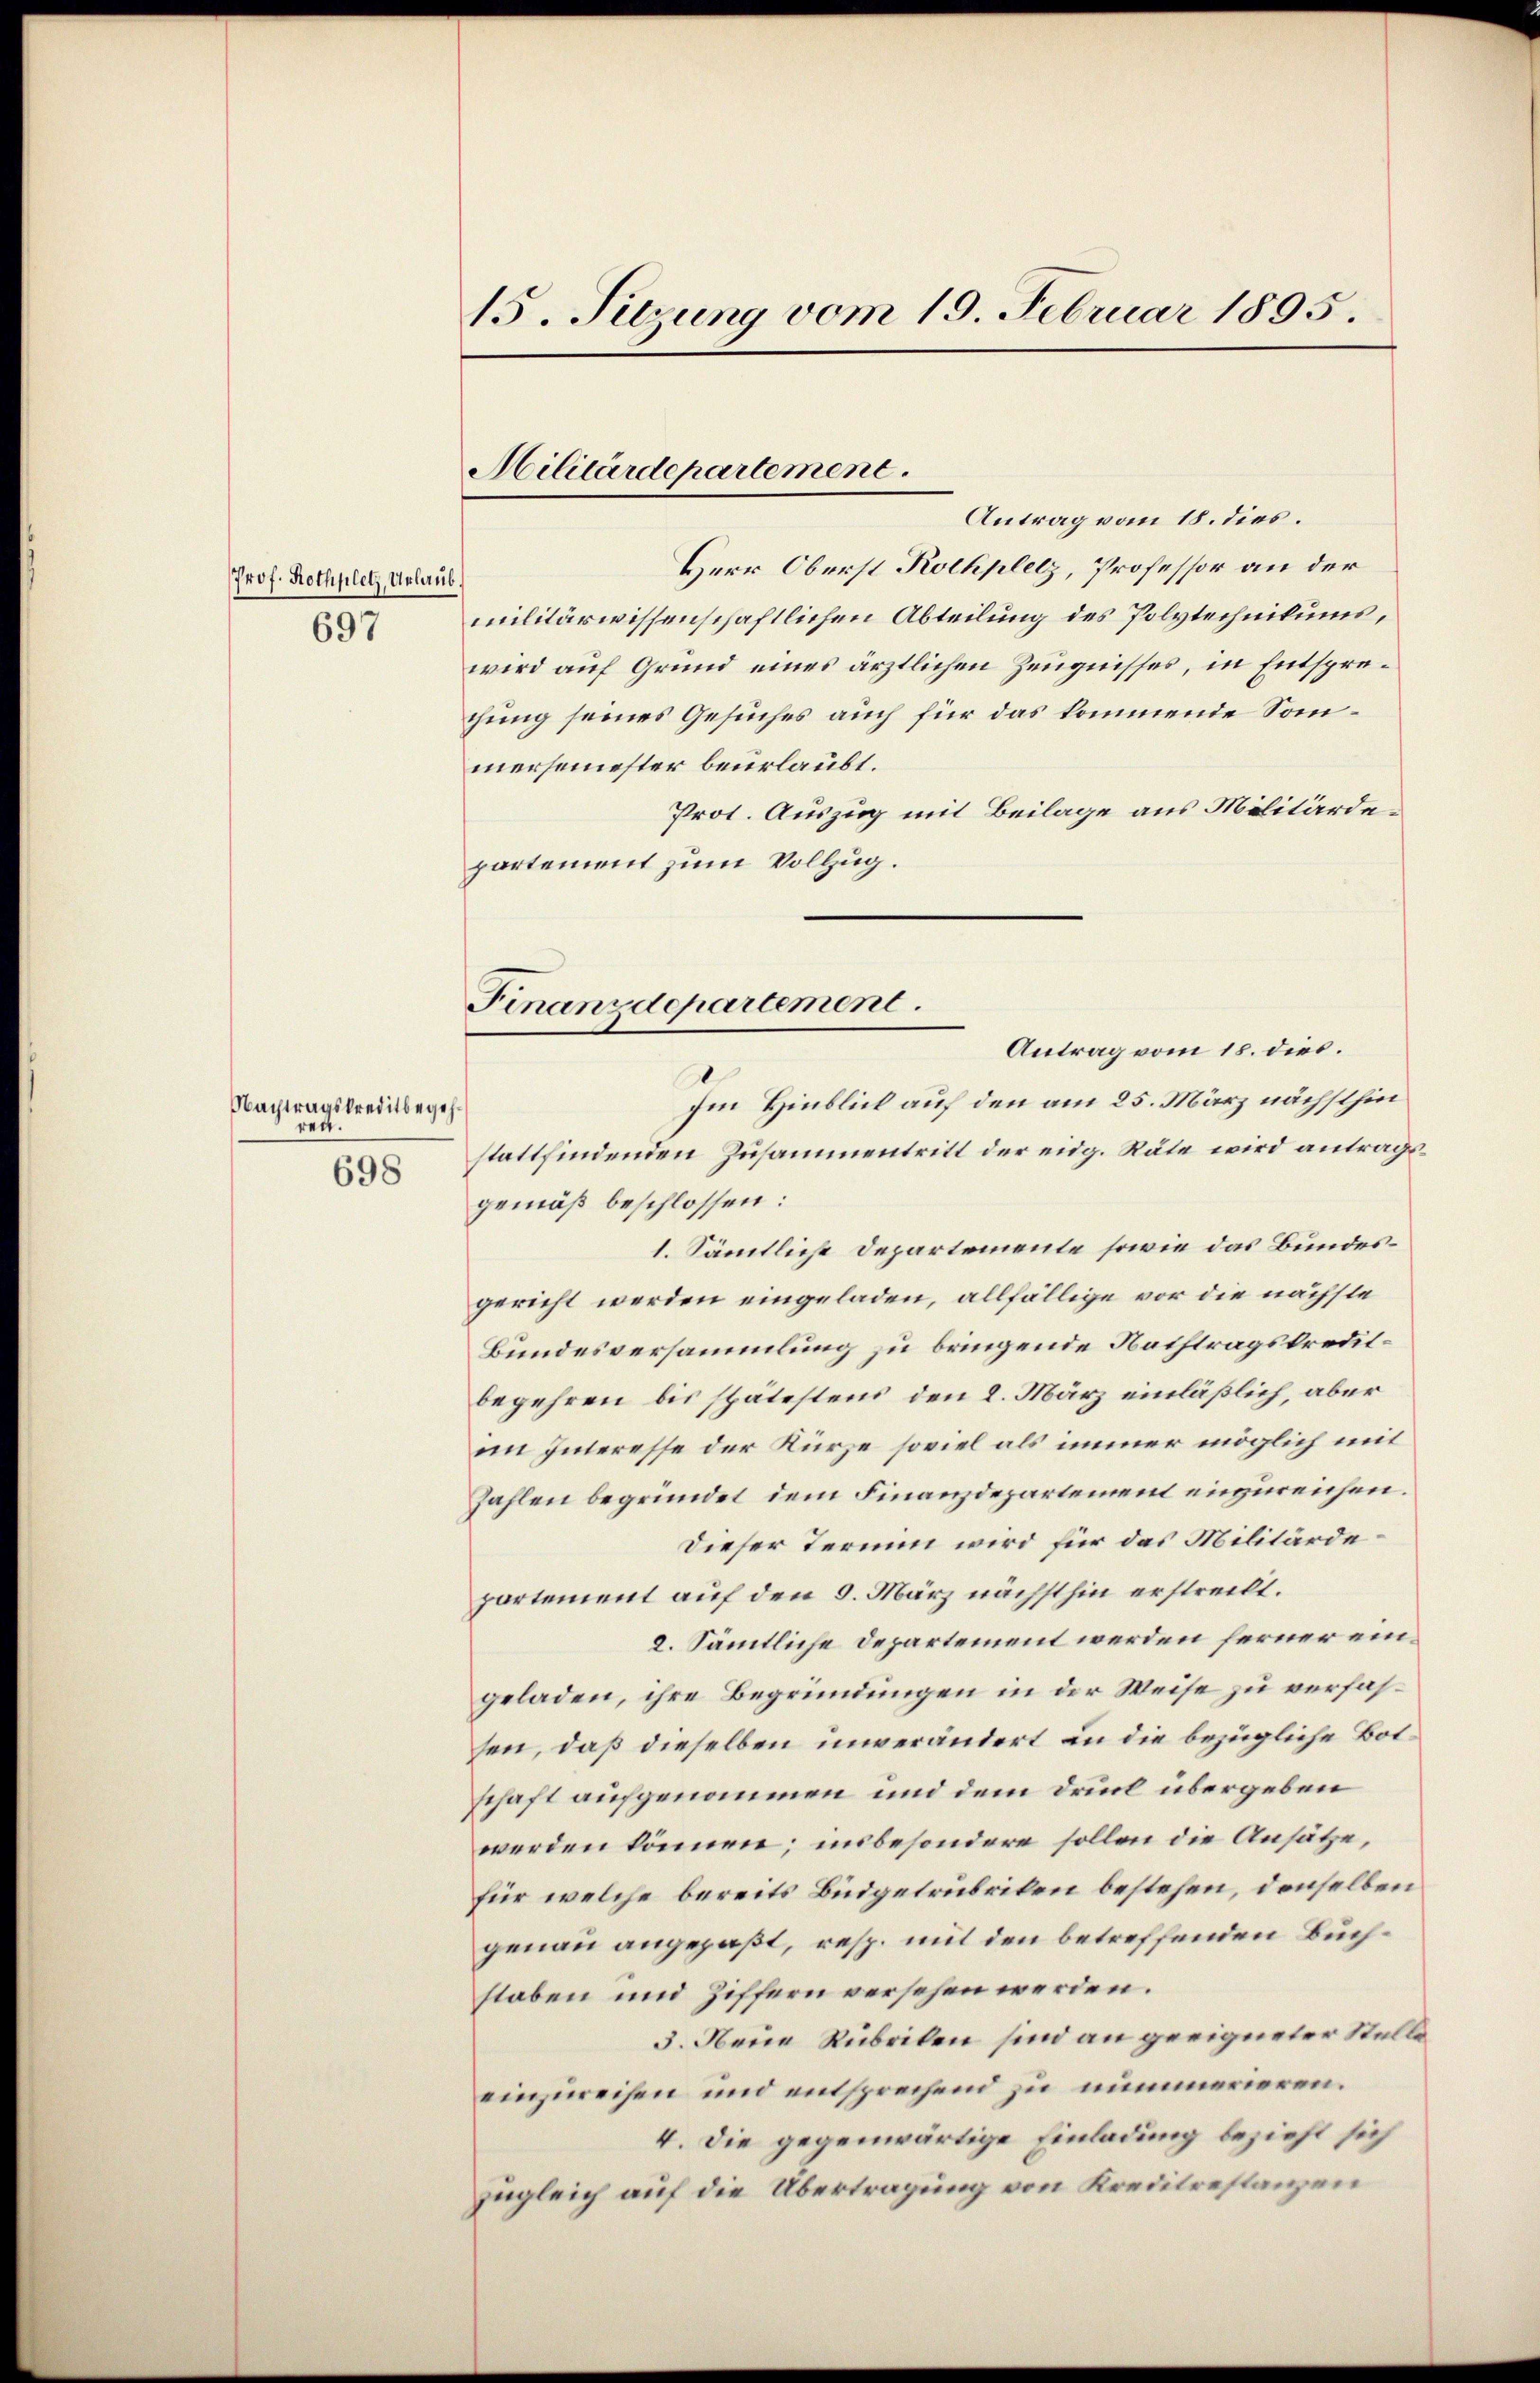
Prof. Rothplatz, Urlaut
697

Nachtragskreditbegehren.
698

15. Sitzung vom 19. Februar 1895.

Militärdepartement.

Finanzdepartement.

Antrag vom 18. dies.
Herr Oberst Rothplelz, Professor an der
¬
militärwissenschaftlichen Abteilung des Polytechnikums,
wird auf Grund eines ärztlichen Zeugnisses, in Entsprechung seines Gesuches auch für das kommende Sonmersemester beurlaubt.
Prot. Auszug mit Beilage aus Militärdepartement zum Vollzug.
Antrag vom 15. dies.
Im Hinblick auf den am 25. März nächsthin
stattfindenden Zusammentritt der eidg. Räte wird antragsgemäß beschlossen:
1. Sämtliche Departemente sowie das Bundesgericht werden eingeladen, allfällige vor die nächste
Bundesversammlung zu bringende Nachtragskretilbegehren bis spätestens den 2. März einläßlich, aber
im Interesse der Kurze soviel als immer möglich mit
zahlen begründet dem Finanzdepartement einzureichen.
Dieser Termin wird für das Militärdepartement auf den 3. März nächsthin erstreckt.
2. Sämtliche Departement werden ferner eingeladen, ihre Begründungen in der Weise zu verfassen, daß dieselben unverändert in die bezügliche Botschaft aufgenommen und dem Druck übergeben
werden können; insbesondere sollen die Ansätze,
für welche bereits Büdgetrubriken bestehen, denselben
genau angepaßt, resp. mit den betreffenden Buchstaben und Ziffern versehen werden.
3. Neue Rubriken sind an geeigneter Stelle
einzureihen und entsprechend zu nummerieren.
4. Die gegenwärtige Einladung bezieht sich
zugleich auf die Übertragung von Kreditrestanzen